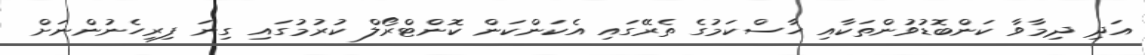
އަދި ދިމާވާ ކަންބޮޑުވުންތަކާއި ހާސްކަމުގެ ތެރޭގައި އެކަންކަން ކޮންޓްރޯލް ކުރުމުގައި ގިނަ ފިރިހެނުންނަށް